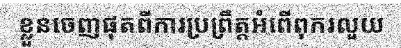
ខ្លួនចេញផុតពីការប្រព្រឹត្តអំពើពុករលួយ